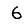
Digit: 6